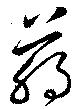
萌